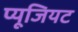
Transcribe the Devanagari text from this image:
प्यूजियट